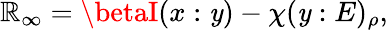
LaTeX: \mathbb{R}_{\infty}=\betaI(x:\mathit{y})-\chi(\mathit{y}:E)_{\rho},